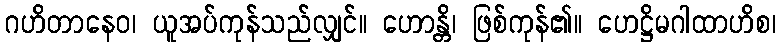
ဂဟိတာနေဝ၊ ယူအပ်ကုန်သည်လျှင်။ ဟောန္တိ၊ ဖြစ်ကုန်၏။ ဟေဋ္ဌိမဂါထာဟိစ၊